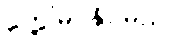
တွေ့မြင်နိုင်မည်